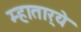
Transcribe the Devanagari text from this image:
म्हातार्‍ये